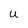
Character: U